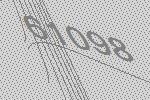
61098